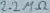
Text: 2.2KΩ